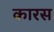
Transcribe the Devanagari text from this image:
कारस